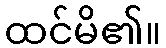
ထင်မိ၏။